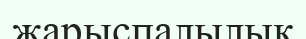
жарыспалылық